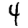
Digit: 4